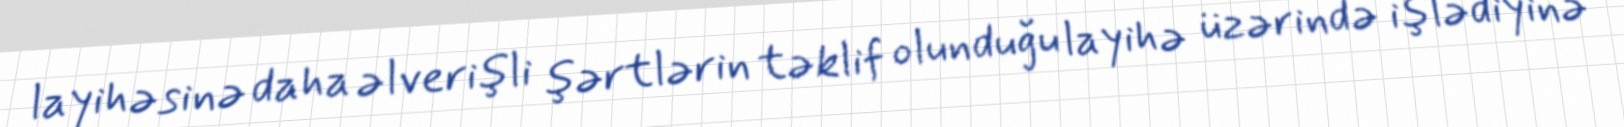
layihəsinə daha əlverişli şərtlərin təklif olunduğu layihə üzərində işlədiyinə